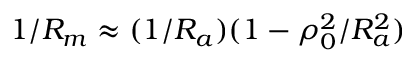
1 / R _ { m } \approx ( 1 / R _ { a } ) ( 1 - \rho _ { 0 } ^ { 2 } / R _ { a } ^ { 2 } )